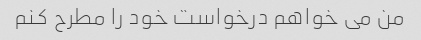
من می خواهم درخواست خود را مطرح کنم